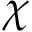
\chi